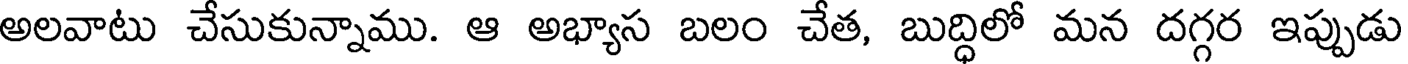
అలవాటు చేసుకున్నాము. ఆ అభ్యాస బలం చేత, బుద్ధిలో మన దగ్గర ఇప్పుడు